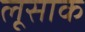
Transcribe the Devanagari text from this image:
लूसाक